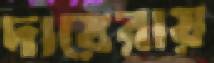
দায়েরায়